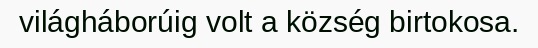
világháborúig volt a község birtokosa.